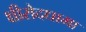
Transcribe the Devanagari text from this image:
क्षीरोदधामा